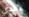
تحدي